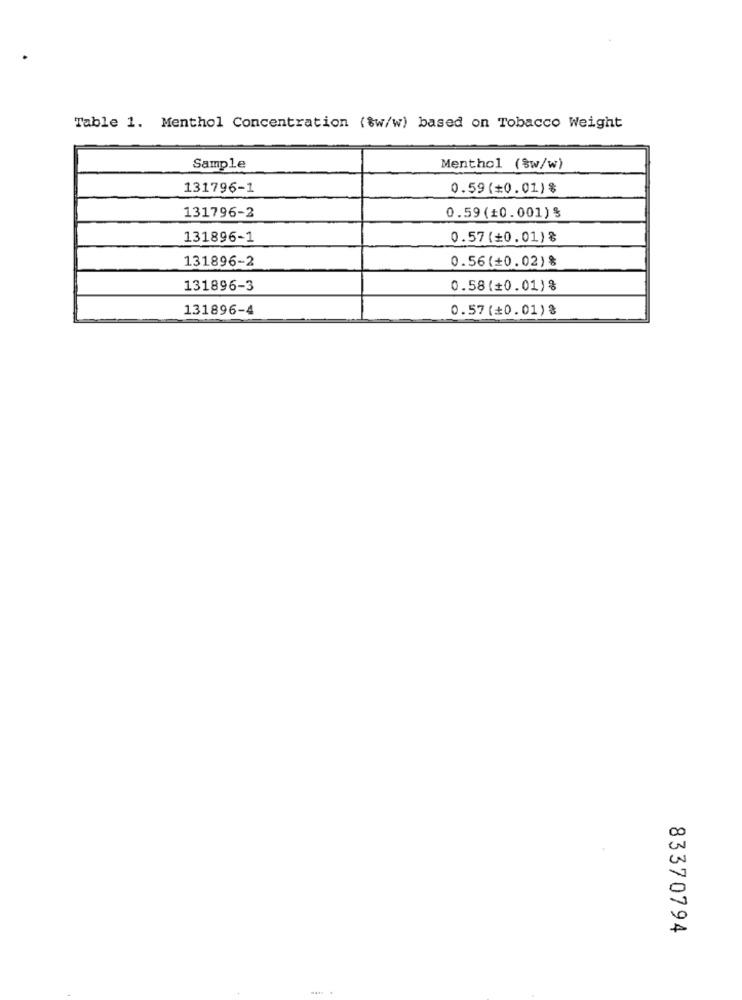
Table 1. Menthol Concentration (%w/w) based on Tobacco Weight
Sample
Menthol ($w/w)
131796-1
0.59(=0.01)$
131796-2
0.59(+0.001) §
131896-1
0.57 (+0.01) %
0.56(+0.02) %
131896-2
131896-3
0.58(+0.01)%
131896-4
0.57 (+0.01)%
83370794